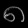
Digit: ၈